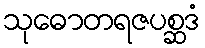
သုဓောတရဇပစ္ဆဒံ